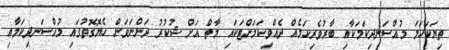
ތިޔަކަހަލަ މުއްސަނދިކަމަކާއި ބާރުވެރިކަމެއް ދެއްވިކަމަށްޓަކައި މާތް އަށް ޝުކުރު ދަންނަވަން ހެޔޮގޮތުގައި މުއްސަނދިކަމާއި